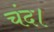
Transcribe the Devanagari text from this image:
चंद।